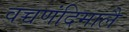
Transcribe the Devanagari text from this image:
वच्चणंदिमालै